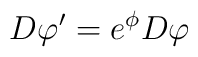
D\varphi ^{\prime }=e^\phi D\varphi